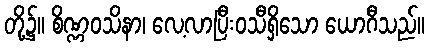
တို့၌။ စိဏ္ဏဝသိနာ၊ လေ့လာပြီးဝသီရှိသော ယောဂီသည်။